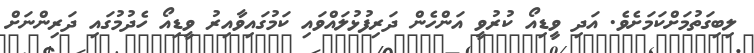
ލިބިގަތުމަށްކަމަށެވެ. އަދި ވީޑިއޯ ކުރުވީ އަންހެން ދަރިފުޅުލައްވައި ކަމުގައިވާއިރު ވީޑިއޯ ހެދުމުގައި ދަރިންނަށް